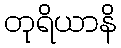
တုရိယာနိ